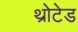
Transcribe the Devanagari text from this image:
थ्रोटेड